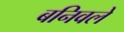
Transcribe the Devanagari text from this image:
बनिवले